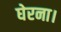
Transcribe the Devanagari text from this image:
घेरना।